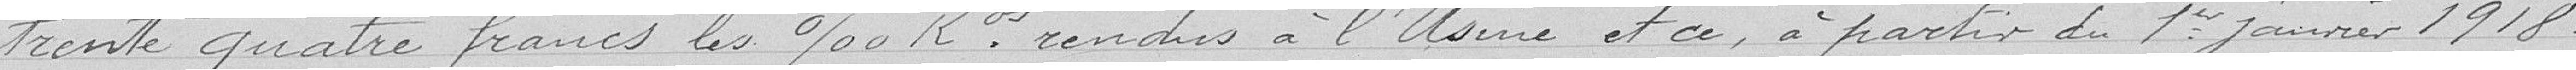
trente quatre francs les 1000 Kilos rendus à l'Usine et ce, à partir du 1er janvier 1918.